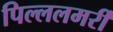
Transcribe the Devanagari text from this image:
पिल्ललमर्री